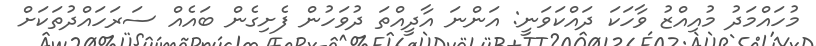
މުހައްމަދު މުއިއްޒު ވާހަކަ ދައްކަވަނީ: އަންނަ އާދީއްތަ ދުވަހުން ފެށިގެން ބައެއް ސަރަހައްދުތަކަށް